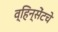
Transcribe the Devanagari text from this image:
व्हिन्सेंटचे